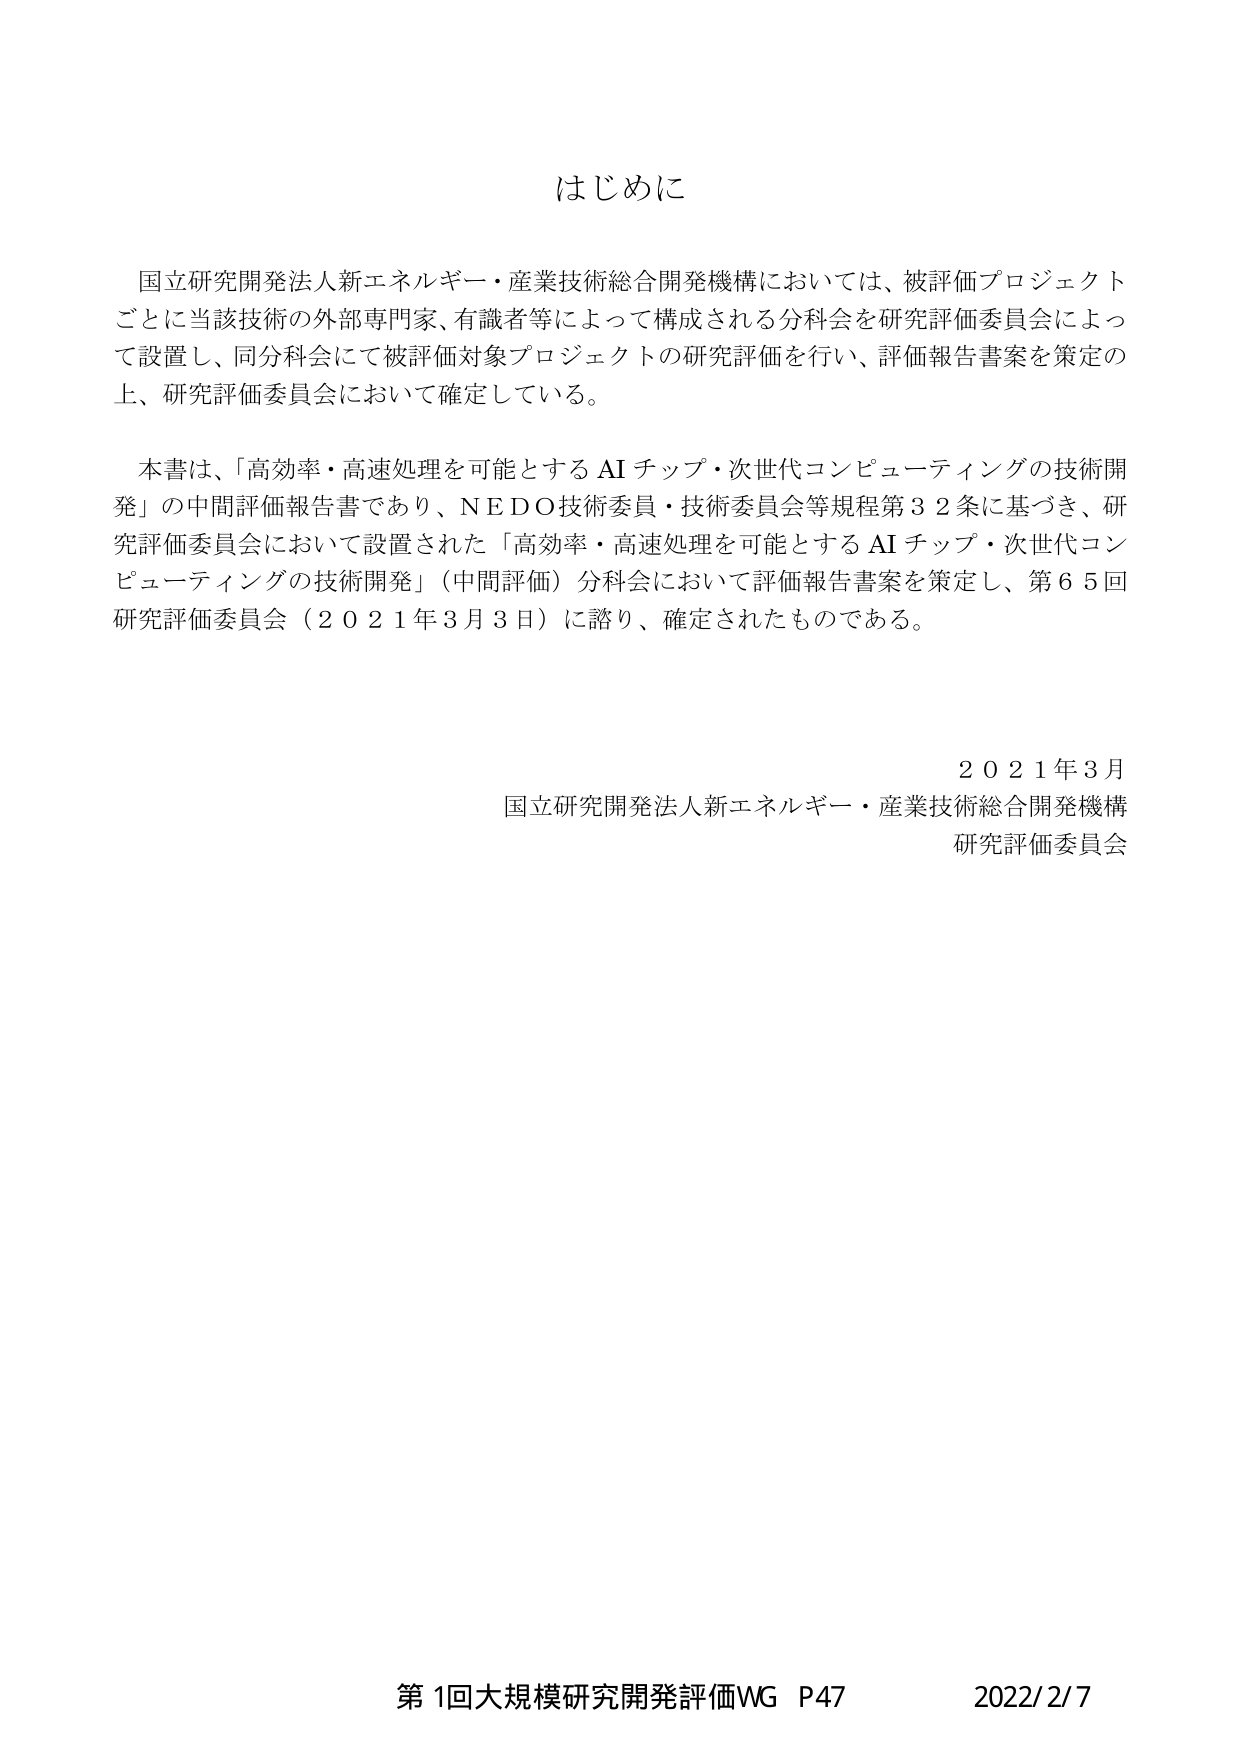
はじめに

国立研究開発法人新エネルギー・産業技術総合開発機構においては、被評価プロジェクトごとに当該技術の外部専門家、有識者等によって構成される分科会を研究評価委員会によって設置し、同分科会にて被評価対象プロジェクトの研究評価を行い、評価報告書案を策定の上、研究評価委員会において確定している。

本書は、「高効率・高速処理を可能とする AI チップ・次世代コンピューティングの技術開発」の中間評価報告書であり、NEDO技術委員・技術委員会等規程第32条に基づき、研究評価委員会において設置された「高効率・高速処理を可能とする AI チップ・次世代コンピューティングの技術開発」（中間評価）分科会において評価報告書案を策定し、第65回研究評価委員会（2021年3月3日）に諮り、確定されたものである。

2021年3月
国立研究開発法人新エネルギー・産業技術総合開発機構
研究評価委員会

第1回大規模研究開発評価WG P47 2022/2/7